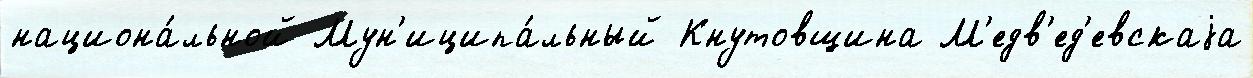
национа́льной Мун'иципа́льный Кнутовщина М'едв'ед'евскаjа